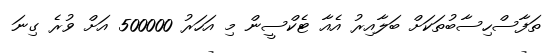
ތަފާސްހިސާބުތަކަށް ބަލާއިރު އެއާ ޓެކްސީން މި އަހަރު 500000 އަށް ވުރެ ގިނަ